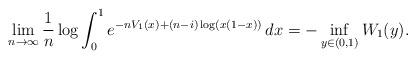
LaTeX: \begin{align*}\lim \limits_{n \to \infty} \frac{1}{n} \log \int_0^1 e^{-nV_1(x)+(n-i)\log(x(1-x))}\, dx = -\inf \limits_{y \in (0, 1)} W_1(y).\end{align*}